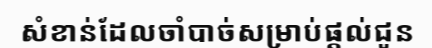
សំខាន់ដែលចាំបាច់សម្រាប់ផ្តល់ជូន